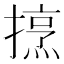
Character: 𢴒